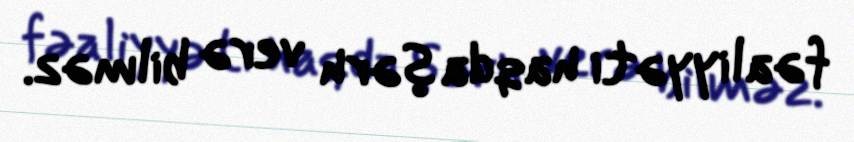
fəaliyyəti haqda şərh verə bilməz.